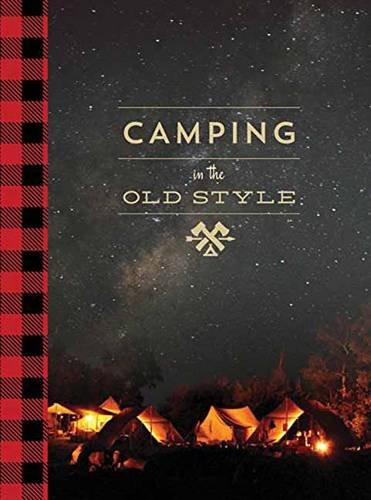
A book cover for Camping in the Old Style; Crafts, Hobbies & Home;